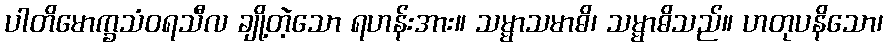
ပါတိမောက္ခသံဝရသီလ ချို့တဲ့သော ရဟန်းအား။ သမ္မာသမာဓိ၊ သမ္မာဓိသည်။ ဟတုပနိသော၊